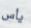
يأس